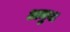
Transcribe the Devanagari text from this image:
अमुबा